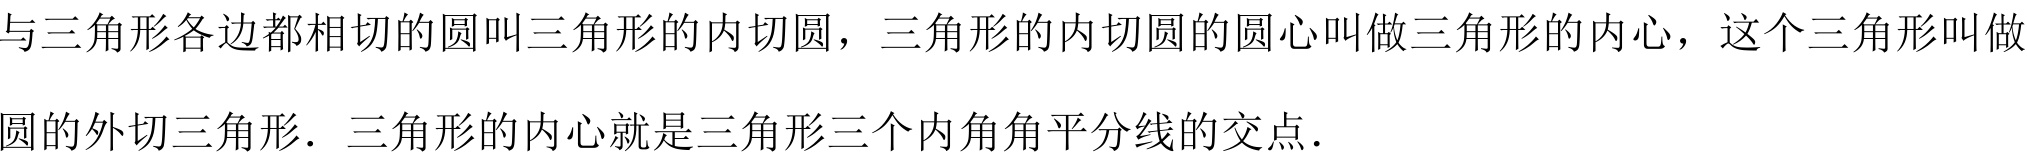
与三角形各边都相切的圆叫三角形的内切圆，三角形的内切圆的圆心叫做三角形的内心，这个三角形叫做
圆的外切三角形. 三角形的内心就是三角形三个内角角平分线的交点.